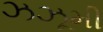
ઝઝૂમી